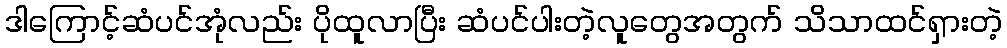
ဒါကြောင့်ဆံပင်အုံလည်း ပိုထူလာပြီး ဆံပင်ပါးတဲ့လူတွေအတွက် သိသာထင်ရှားတဲ့